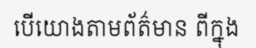
បើយោងតាមព័ត៌មាន ពីក្នុង